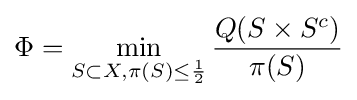
\Phi =\min _{S\subset X,\pi (S)\leq {\frac {1}{2}}}{\frac {Q(S\times S^{c})}{\pi (S)}}